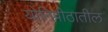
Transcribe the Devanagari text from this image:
योनिपीठातील